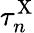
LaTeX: \tau_{n}^{\mathrm{X}}